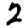
Digit: 2